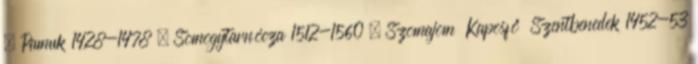
, Pamuk 1428-1478 , Somogytarnócza 1512-1560 , Szomajom Kaposfő Szentbenedek 1452-53